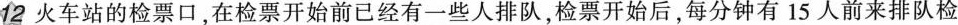
12火车站的检票口，在检票开始前已经有一些人排队，检票开始后，每分钟有15人前来排队检